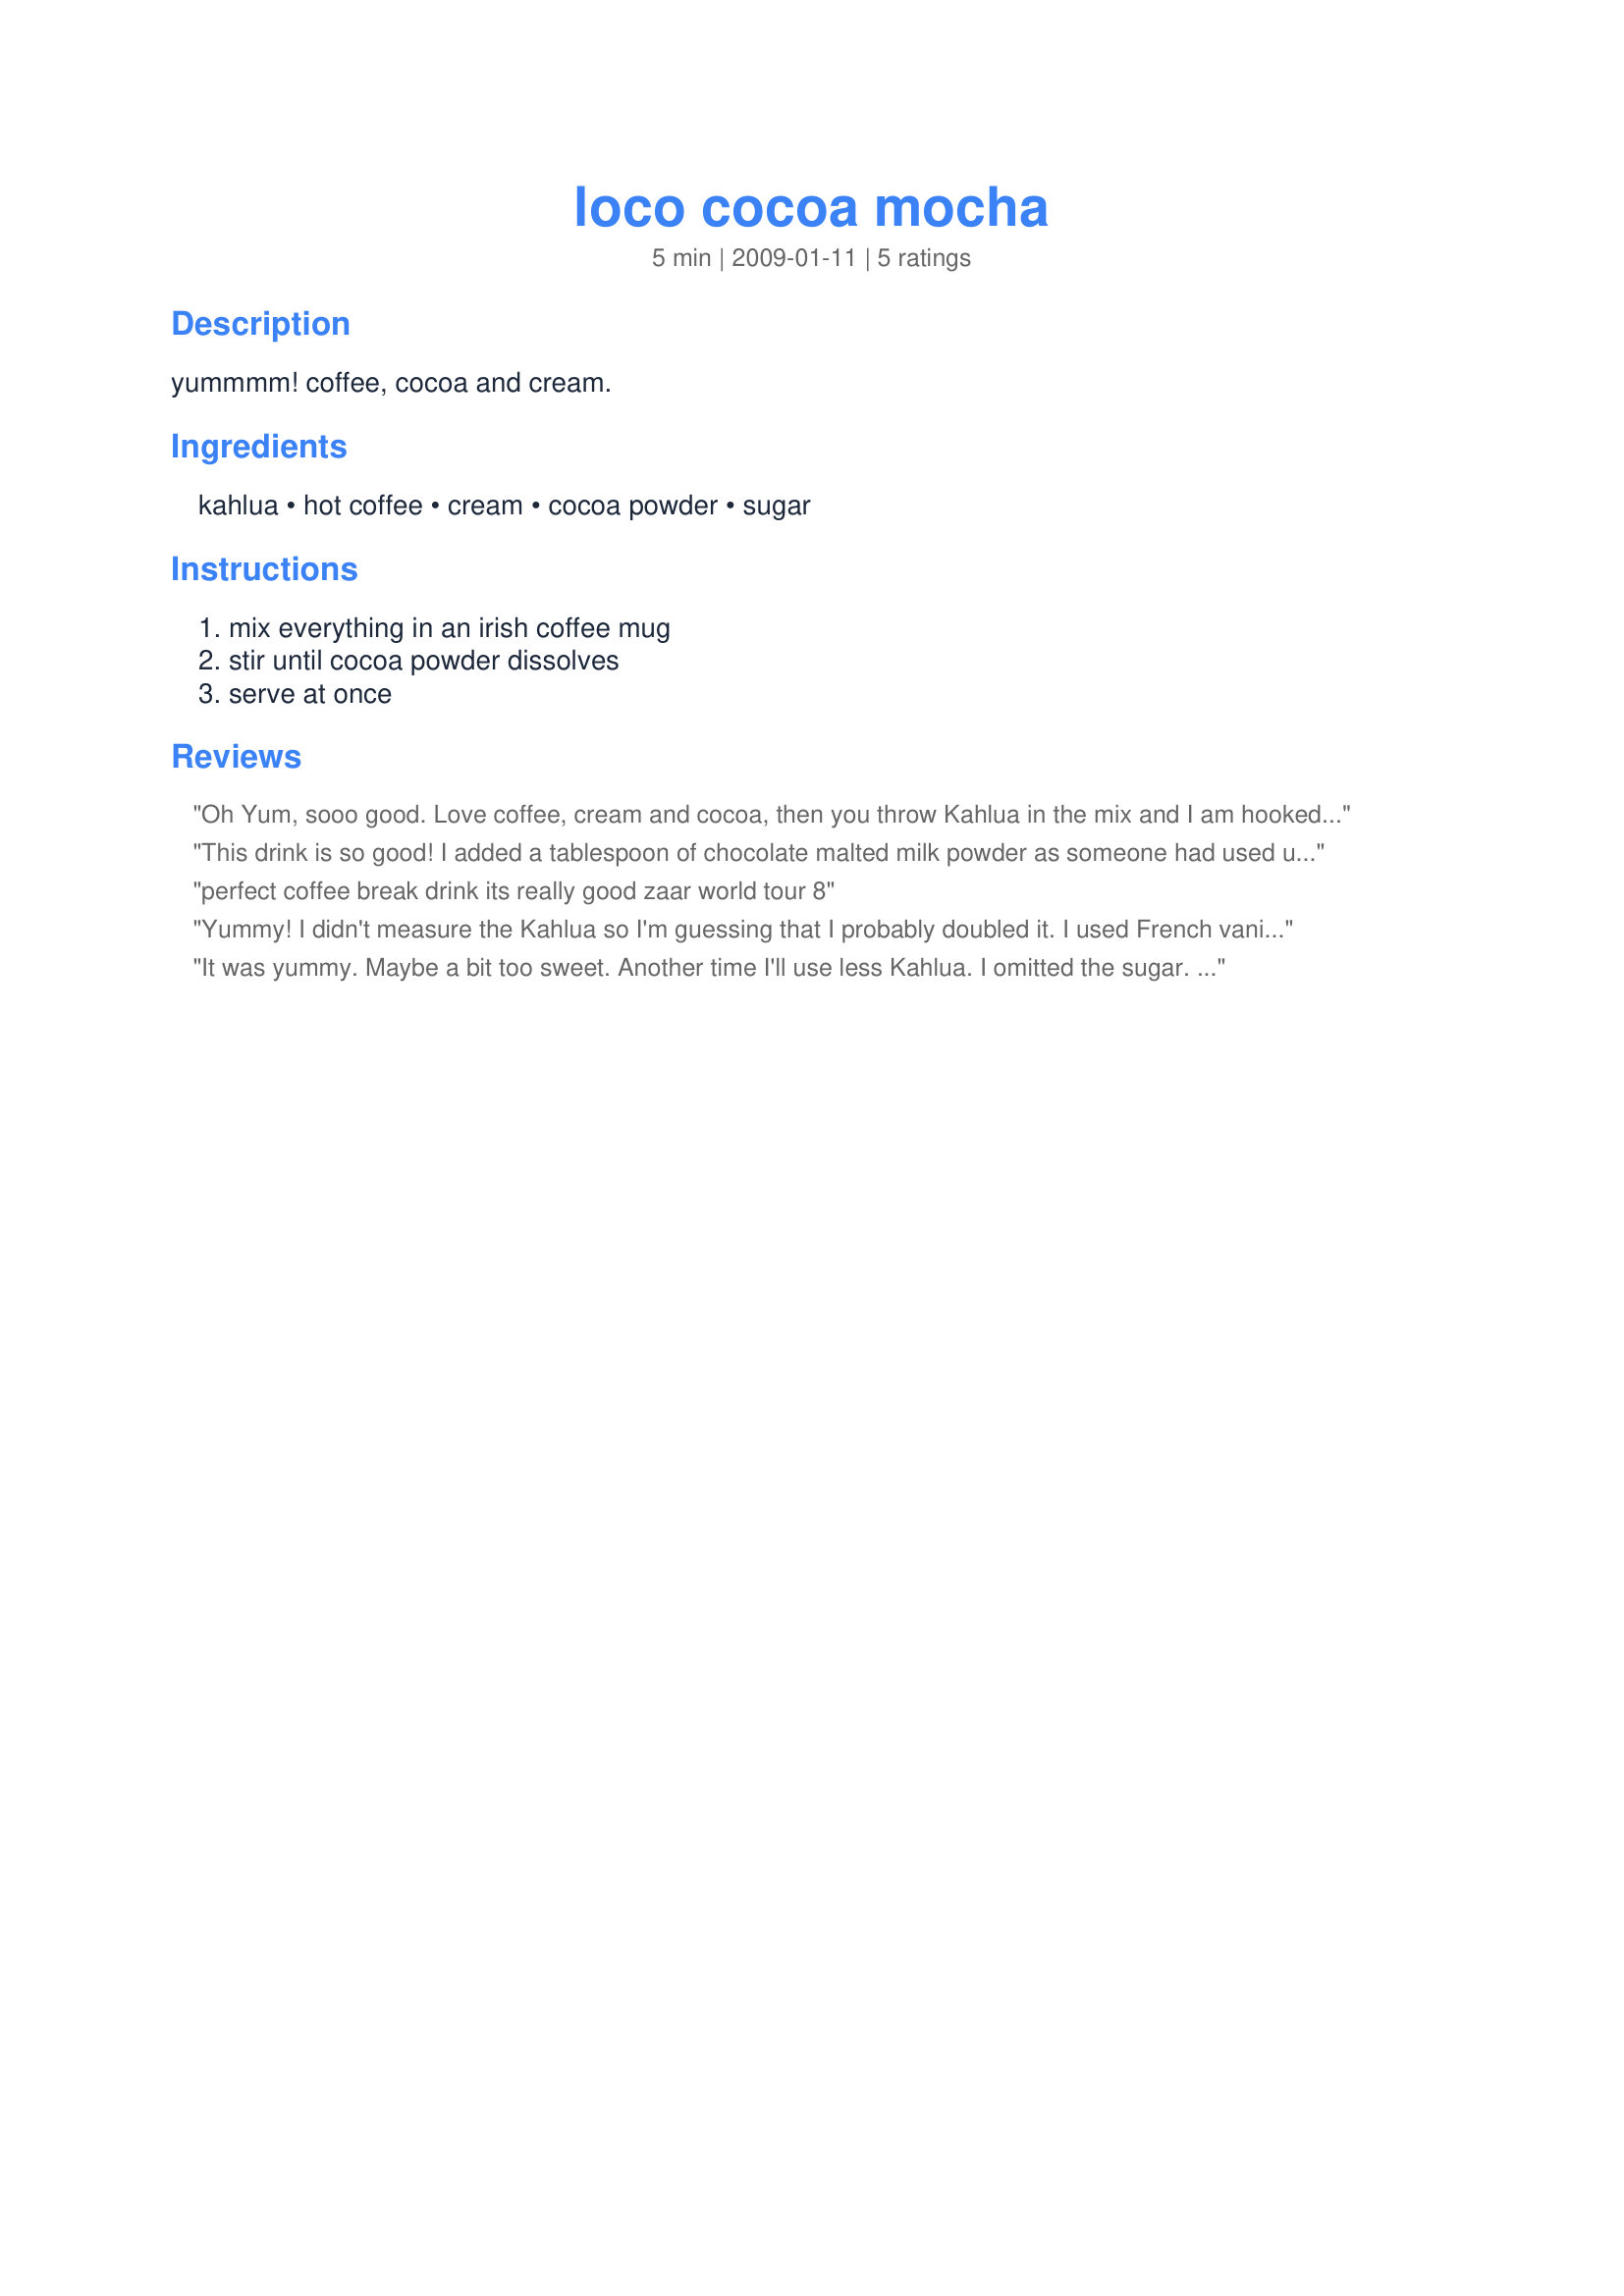
loco cocoa mocha
Preparation time: 5 minutes

yummmm! coffee, cocoa and cream.

Ingredients:
kahlua, hot coffee, cream, cocoa powder, sugar

Steps:
mix everything in an irish coffee mug, stir until cocoa powder dissolves, serve at once

Reviews:
Oh Yum, sooo good. Love coffee, cream and cocoa, then you throw Kahlua in the mix and I am hooked. Lovely, rich, thick coffee with attitude. I did add sugar to mine, as I am never sweet enough.<br/>Thanks for sharing Anna. Can't believe I hadn't tried this one yet. Made for the Fearless Red Dragons - ZWT8 - Mexico
This drink is so good! I added a tablespoon of chocolate malted milk powder as someone had used up all of my cocoa powder without telling me. Hmmm? I wonder who that was? Made for the Summer 2009 Comfort Cafe.
perfect coffee break drink its really good zaar world tour 8
Yummy! I didn't measure the Kahlua so I'm guessing that I probably doubled it. I used French vanilla coffee and the whole experience is superb! Thanks, Annacia! Made for <b>Photo Tag</b>.
It was yummy. Maybe a bit too sweet. Another time I'll use less Kahlua. I omitted the sugar. Thanks Annacia :) Made for 123 hit wonders
